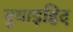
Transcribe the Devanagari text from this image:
बुवाइहिद